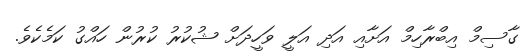
ގާސިމް އިބްރާހިމް އަށާއި އަދި އަލީ ވަހީދަށް ޝުކުރު ކުރުން ހައްގު ކަމެކެވެ.